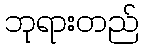
ဘုရားတည်